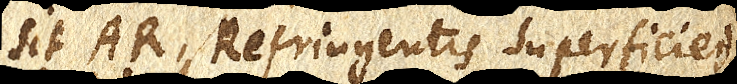
Sit AR, Refringentis superficiei